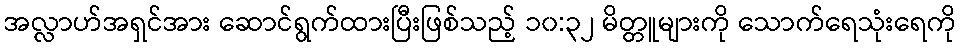
အလ္လာဟ်အရှင်အား ဆောင်ရွက်ထားပြီးဖြစ်သည့် ၁၀:၃၂ မိတ္တူများကို သောက်ရေသုံးရေကို